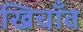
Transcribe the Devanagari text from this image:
खिचाँव